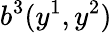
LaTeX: b^{3}(y^{1},y^{2})